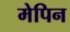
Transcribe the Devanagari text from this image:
मेपिन